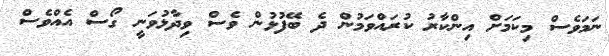
ނަމަވެސް މިކަމަށް އިންކާރު ކުރައްވަމުން ދެ ބޭފުޅުން ވެސް ވިދާޅުވަނީ ގޯސް އެއްވެސް